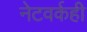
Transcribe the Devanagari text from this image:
नेटवर्कही